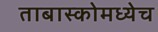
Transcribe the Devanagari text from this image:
ताबास्कोमध्येच